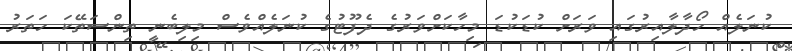
ކުނަލެއް ހޯދާލާއިރުގައި ވަރަށް ކުޑަކުޑަ މިހާކަށްވަރުގެ ދެފޫޓުގެ ކުނަލެއްވެސް މިލިބެނީ ތިންސަތޭކަ ހަތަރު